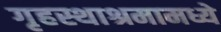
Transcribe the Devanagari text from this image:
गृहस्थाश्रमामध्ये